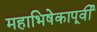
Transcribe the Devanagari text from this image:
महाभिषेकापूर्वी